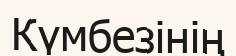
Күмбезінің